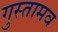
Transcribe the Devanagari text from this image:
गुस्तामव